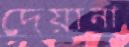
দেয়ানা